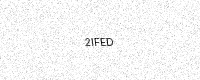
Text: 2IFED